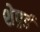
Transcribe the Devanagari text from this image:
शेपर्र्ड